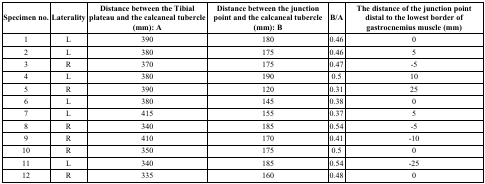
<table><thead><tr><td><b>Specimen no.</b></td><td><b>Laterality</b></td><td><b>Distance between the Tibial plateau and the calcaneal tubercle (mm): A</b></td><td><b>Distance between the junction point and the calcaneal tubercle (mm): B</b></td><td><b>B/A</b></td><td><b>The distance of the junction point distal to the lowest border of gastrocnemius muscle (mm)</b></td></tr></thead><tbody><tr><td>1</td><td>L</td><td>390</td><td>180</td><td>0.46</td><td>0</td></tr><tr><td>2</td><td>L</td><td>380</td><td>175</td><td>0.46</td><td>5</td></tr><tr><td>3</td><td>R</td><td>370</td><td>175</td><td>0.47</td><td>-5</td></tr><tr><td>4</td><td>L</td><td>380</td><td>190</td><td>0.5</td><td>10</td></tr><tr><td>5</td><td>R</td><td>390</td><td>120</td><td>0.31</td><td>25</td></tr><tr><td>6</td><td>L</td><td>380</td><td>145</td><td>0.38</td><td>0</td></tr><tr><td>7</td><td>L</td><td>415</td><td>155</td><td>0.37</td><td>5</td></tr><tr><td>8</td><td>R</td><td>340</td><td>185</td><td>0.54</td><td>-5</td></tr><tr><td>9</td><td>R</td><td>410</td><td>170</td><td>0.41</td><td>-10</td></tr><tr><td>10</td><td>R</td><td>350</td><td>175</td><td>0.5</td><td>0</td></tr><tr><td>11</td><td>L</td><td>340</td><td>185</td><td>0.54</td><td>-25</td></tr><tr><td>12</td><td>R</td><td>335</td><td>160</td><td>0.48</td><td>0</td></tr></tbody></table>